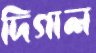
দিগাল